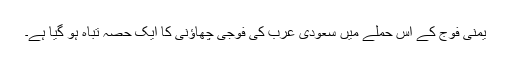
یمنی فوج کے اس حملے میں سعودی عرب کی فوجی چھاؤنی کا ایک حصہ تباہ ہو گیا ہے۔